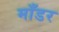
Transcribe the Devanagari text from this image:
माँडर